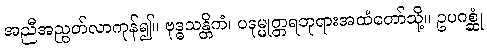
အညီအညွတ်လာကုန်၍။ ဗုဒ္ဓသန္တိကံ၊ ပဒုမ္မုတ္တရဘုရားအထံတော်သို့။ ဥပဂစ္ဆုံ